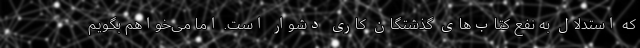
که استدلال به نفع کتاب‌های گذشتگان کاری دشوار است. اما می‌خواهم بگویم